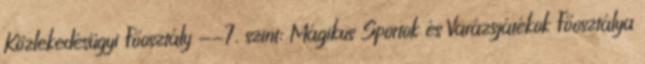
Közlekedésügyi Főosztály --7. szint: Mágikus Sportok és Varázsjátékok Főosztálya